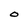
Character: O